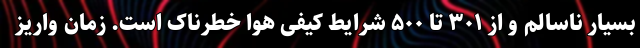
بسیار ناسالم و از ۳۰۱ تا ۵۰۰ شرایط کیفی هوا خطرناک است. زمان واریز